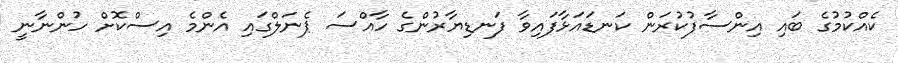
ކެއްކުމުގެ ބައި އިންސާފުކުރަން ކަނޑައަޅާފައިވާ ފަނޑިޔާރުންގެ ހާއްސަ ޕެނަލްގައި އެންމެ އިސްކޮށް ހުންނާނީ